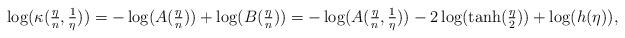
LaTeX: \begin{align*}\log(\kappa(\tfrac{\eta}{n}, \tfrac{1}{\eta})) = -\log(A(\tfrac{\eta}{n})) + \log(B(\tfrac{\eta}{n})) = - \log( A(\tfrac{\eta}{n}, \tfrac{1}{\eta})) - 2\log(\tanh(\tfrac{\eta}{2})) + \log(h(\eta)),\end{align*}